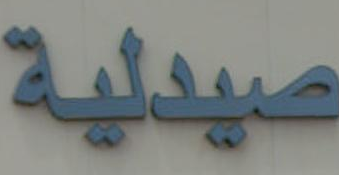
صيدلية